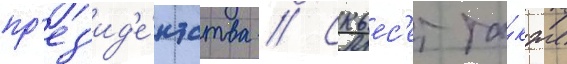
пр'ез'ид'е́нтства // Скьес'ет та́кже